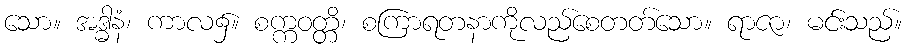
သော။ အဒ္ဓါနံ၊ ကာလ၌။ စက္ကဝတ္တိ၊ စကြာရတနာကိုလည်စေတတ်သော။ ရာဇာ၊ မင်းသည်။